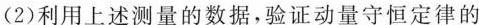
(2)利用上述测量的数据，验证动量守恒定律的